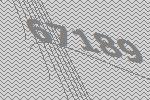
67189